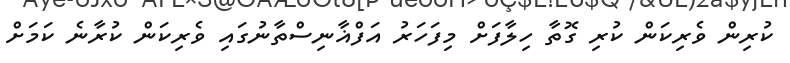
ކުރިން ވެރިކަން ކުރި ގޮތާ ހިލާފަށް މިފަހަރު އަފްޣާނިސްތާނުގައި ވެރިކަން ކުރާނެ ކަމަށް